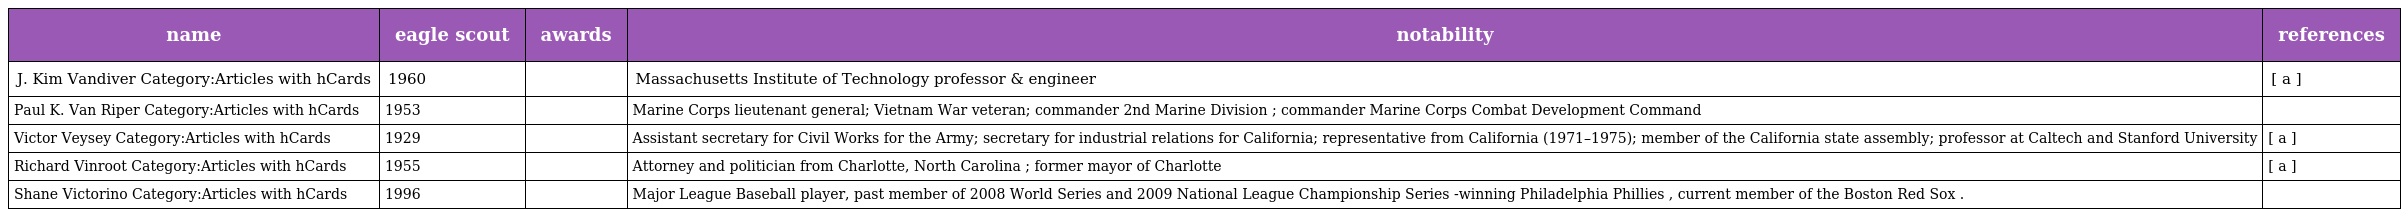
| name | eagle scout | awards | notability | references |
 | --- | --- | --- | --- | --- |
 | J. Kim Vandiver Category:Articles with hCards | 1960 |  | Massachusetts Institute of Technology professor & engineer | [ a ] |
 | Paul K. Van Riper Category:Articles with hCards | 1953 |  | Marine Corps lieutenant general; Vietnam War veteran; commander 2nd Marine Division ; commander Marine Corps Combat Development Command |  |
 | Victor Veysey Category:Articles with hCards | 1929 |  | Assistant secretary for Civil Works for the Army; secretary for industrial relations for California; representative from California (1971–1975); member of the California state assembly; professor at Caltech and Stanford University | [ a ] |
 | Richard Vinroot Category:Articles with hCards | 1955 |  | Attorney and politician from Charlotte, North Carolina ; former mayor of Charlotte | [ a ] |
 | Shane Victorino Category:Articles with hCards | 1996 |  | Major League Baseball player, past member of 2008 World Series and 2009 National League Championship Series -winning Philadelphia Phillies , current member of the Boston Red Sox . |  |